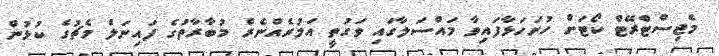
މެޖިސްޓްރޭޓް ކޯޓަށް ހުށަހަޅާފައިވާ މައްސަލާގައި ވަގުތީ އަމުރެއްނެރެ މުބާރާތުގެ ފައިނަލް މެޗުގެ ކުޅުން